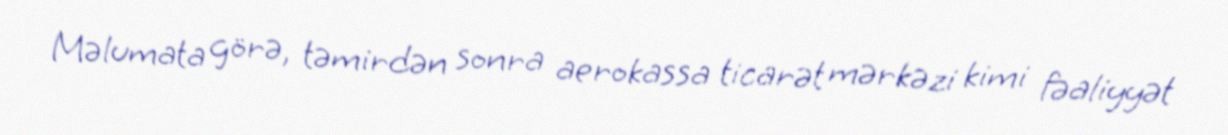
Məlumata görə, təmirdən sonra aerokassa ticarət mərkəzi kimi fəaliyyət